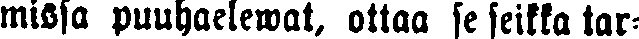
missa puuhaelewat, ottaa se seikka tar-